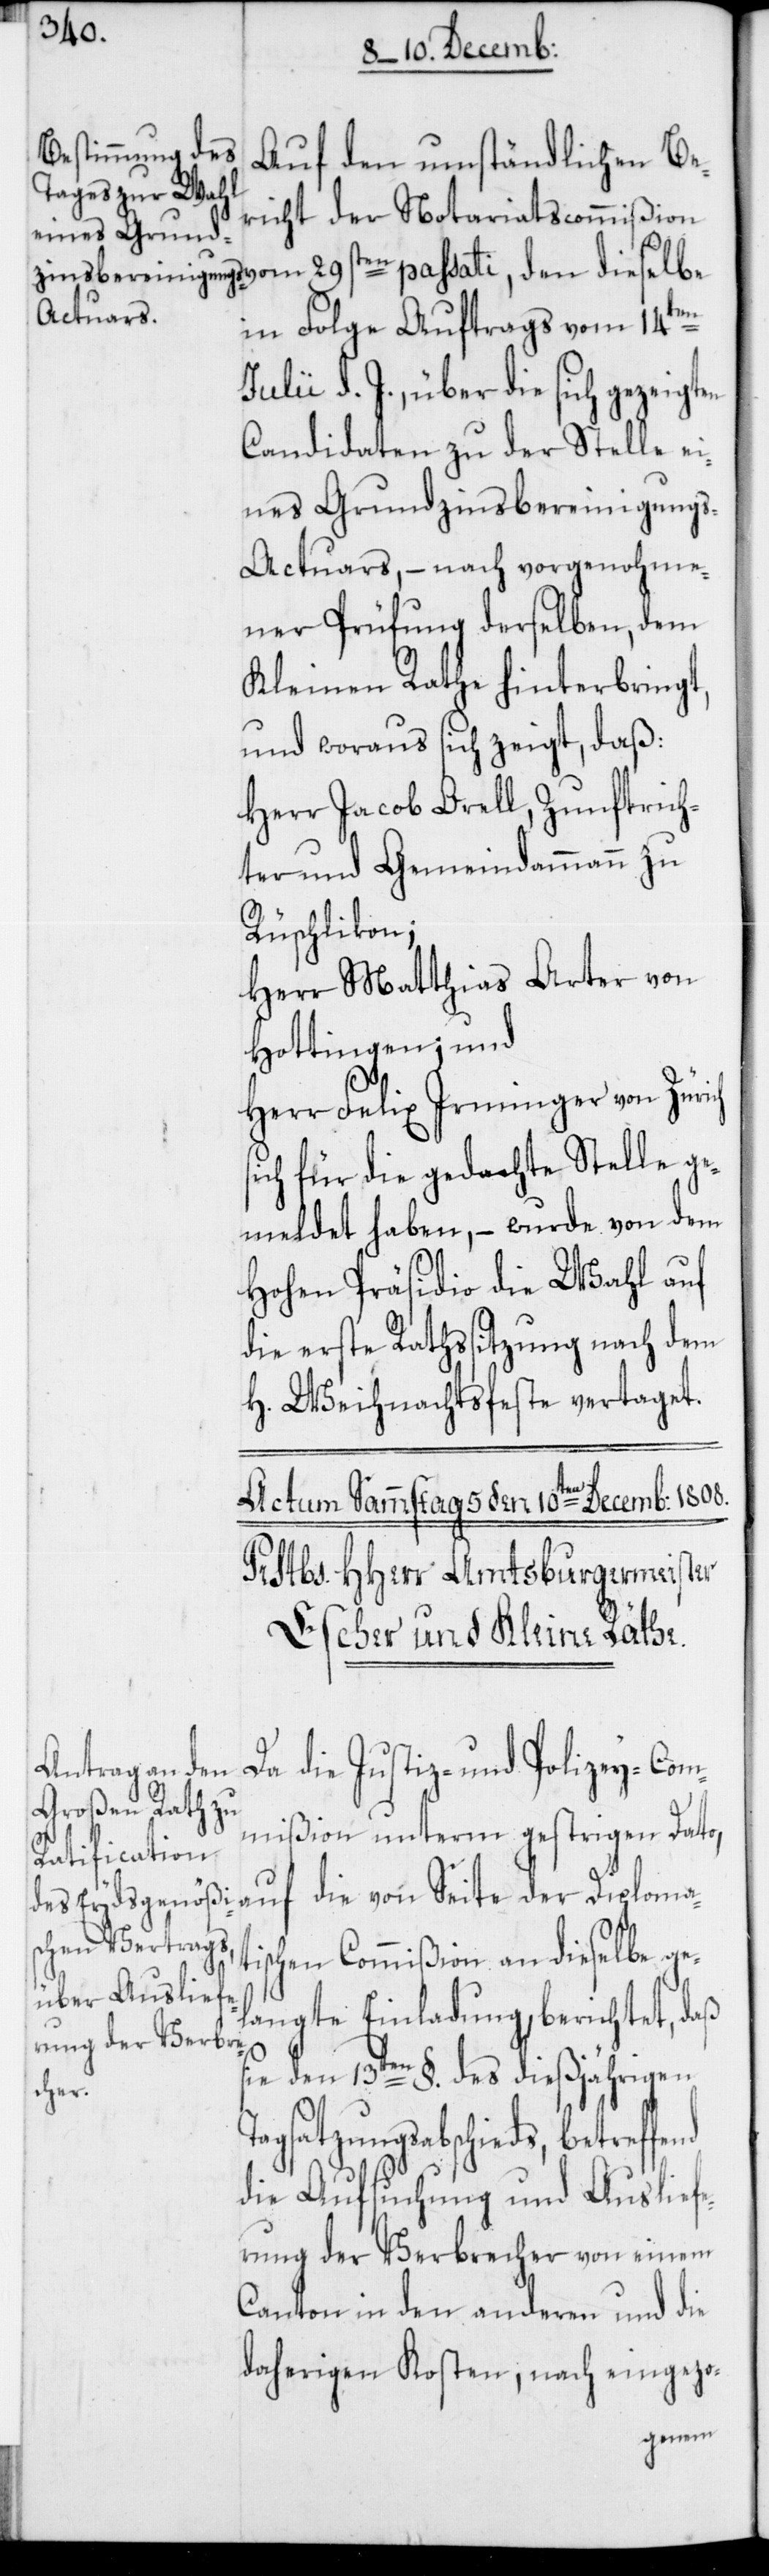
Auf den umständlichen Be¬
richt der Notariatscommißion
in Folge Auftrags vom 14ten
Julii d. J., über die sich gezeigten
Candidaten zu der Stelle ei¬
nes Grundzinsbereinigung¬
s-Actuars, – nach vorgenohme¬
ner Prüfung derselben, dem
Kleinen Rathe hinterbringt,
und woraus sich zeigt, daß:
Herr Jacob Orell, Zunftrich¬
ter und Gemeindammann zu
Rüschlikon;
Herr Matthias Arter von
Hottingen; und
Herr Felix Irminger von Züri¬
sich für die gedachte Stelle ge¬
meldet haben, – wurde von dem
Hohen Präsidio die Wahl auf
die erste Rathssitzung nach dem
H. Weihnachtsfeste vertaget.
nd
Da die Justiz- und Polizey-Com¬
mißion unterm gestrigen Dato,
auf die von Seite der Diploma¬
tischen Commißion an dieselbe ge¬
langte Einladung, berichtet, daß
sie den 13ten §. des dießjährigen
Tagsatzungsabschieds, betreffe¬
die Aufsuchung und Ausliefe¬
rung der Verbrecher von einem
Canton in den anderen und die
daherigen Kosten, nach eingezo-